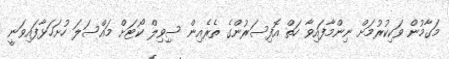
މަގާމުން ވަކިކުރުމަށް ނިންމާފައިވާ ހަތް އޮފިސަރުންގެ ތެރެއިން ސިިވިލް ކޯޓަށް މައްސަލަ ހުށަހަޅާފައިވަނީ